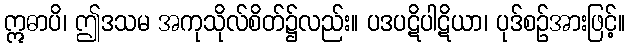
ဣဓာပိ၊ ဤဒသမ အကုသိုလ်စိတ်၌လည်း။ ပဒပဋိပါဋိယာ၊ ပုဒ်စဉ်အားဖြင့်။